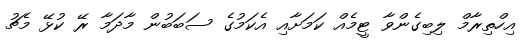
އިހްތިރާމް ލިބިގެންވާ ޓީމެއް ކަމަށާއި އެކަމުގެ ސަބަބުން މާދަމާ ރޭ ކުޅޭ މެޗު